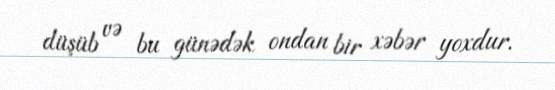
düşüb və bu günədək ondan bir xəbər yoxdur.